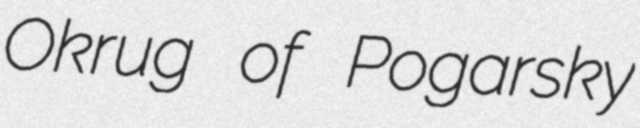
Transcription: Okrug of Pogarsky